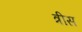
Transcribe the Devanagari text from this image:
त्रीस